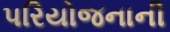
પરિયોજનાની